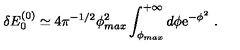
\delta E _ { 0 } ^ { ( 0 ) } \simeq 4 \pi ^ { - 1 / 2 } \phi _ { m a x } ^ { 2 } \int _ { \phi _ { m a x } } ^ { + \infty } d \phi \mathrm { e } ^ { - \phi ^ { 2 } } \ .